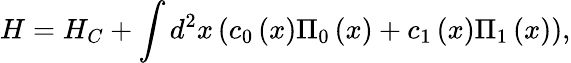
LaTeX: H=H_{C}+\int{d^{2}}x\left({c_{0}\left(x\right)\Pi_{0}\left(x\right)+c_{1}\left(x\right)\Pi_{1}\left(x\right)}\right),